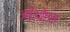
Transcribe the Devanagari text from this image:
जीओएस